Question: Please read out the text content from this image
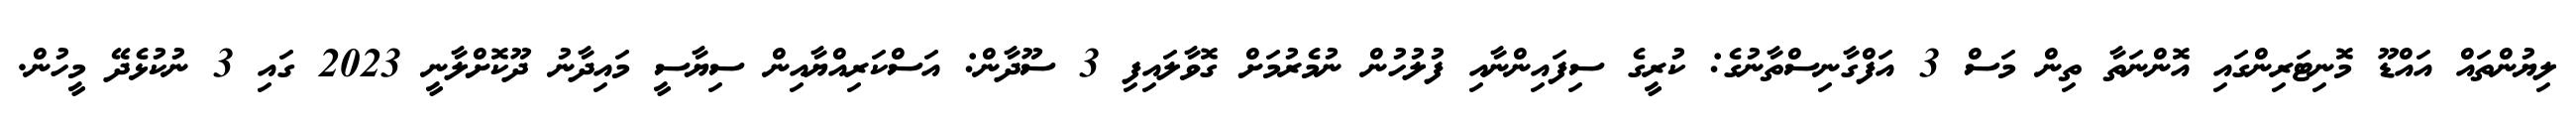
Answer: ލިޔުންތައް އައްޑޫ މޮނިޓަރިންގައި އޮންނަތާ ތިން މަސް 3 އަފްގާނިސްތާނުގެ: ކުރީގެ ސިފައިންނާއި ފުލުހުން ނުމެރުމަށް ގޮވާލައިފި 3 ސޫދާން: އަސްކަރިއްޔާއިން ސިޔާސީ މައިދާނު ދޫކޮށްލާނީ 2023 ގައި 3 ނުކުޅެދޭ މީހުން.